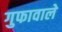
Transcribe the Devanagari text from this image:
गुफावाले